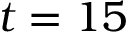
t = 1 5